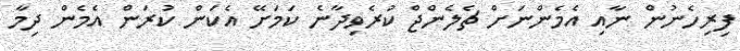
ފިރިހެނުން ނާއި އެމެންނަށް ޗެލެންޖް ކުރެވިދާނެ ކަަމަށޭ އެކަން ކުރަން އެމެން ދިމާ